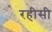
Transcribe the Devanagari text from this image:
रहीसी